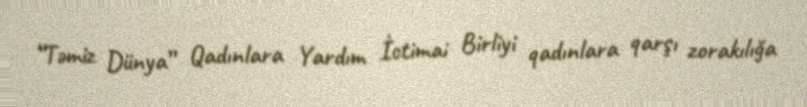
“Təmiz Dünya” Qadınlara Yardım İctimai Birliyi qadınlara qarşı zorakılığa